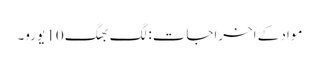
مواد کے اخراجات: لگ بھگ 10 یورو۔